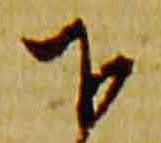
下